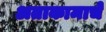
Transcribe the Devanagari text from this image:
अताकामाचे